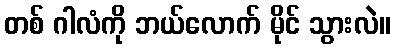
တစ် ဂါလံကို ဘယ်လောက် မိုင် သွားလဲ။